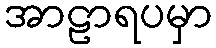
အာဠာရပမှာ